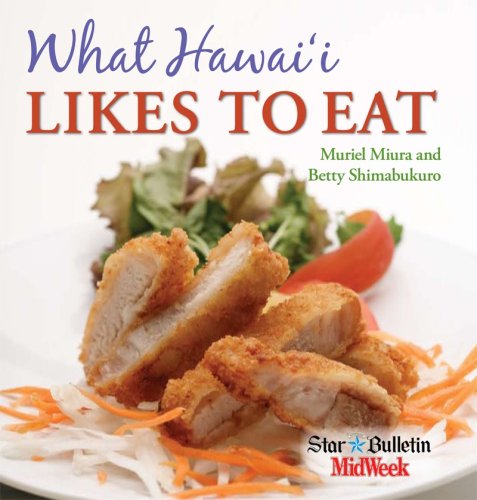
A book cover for What Hawaii Likes to Eat; Muriel Miura; Cookbooks, Food & Wine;